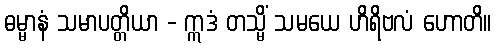
ဓမ္မာနံ သမာပတ္တိယာ - ဣဒံ တသ္မိံ သမယေ ဟိရိဗလံ ဟောတိ။